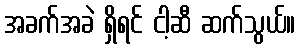
အခက်အခဲ ရှိရင် ငါ့ဆီ ဆက်သွယ်။